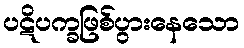
ပဋိပက္ခဖြစ်ပွားနေသော